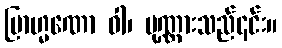
ဗြာဟ္မဏော ဝါ၊ ပုဏ္ဏားသည်၎င်း။